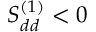
S _ { d d } ^ { ( 1 ) } < 0